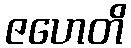
ဇဟေတိ